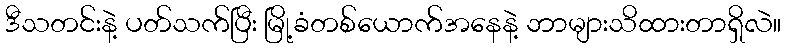
ဒီသတင်းနဲ့ ပတ်သက်ပြီး မြို့ခံတစ်ယောက်အနေနဲ့ ဘာများသိထားတာရှိလဲ။